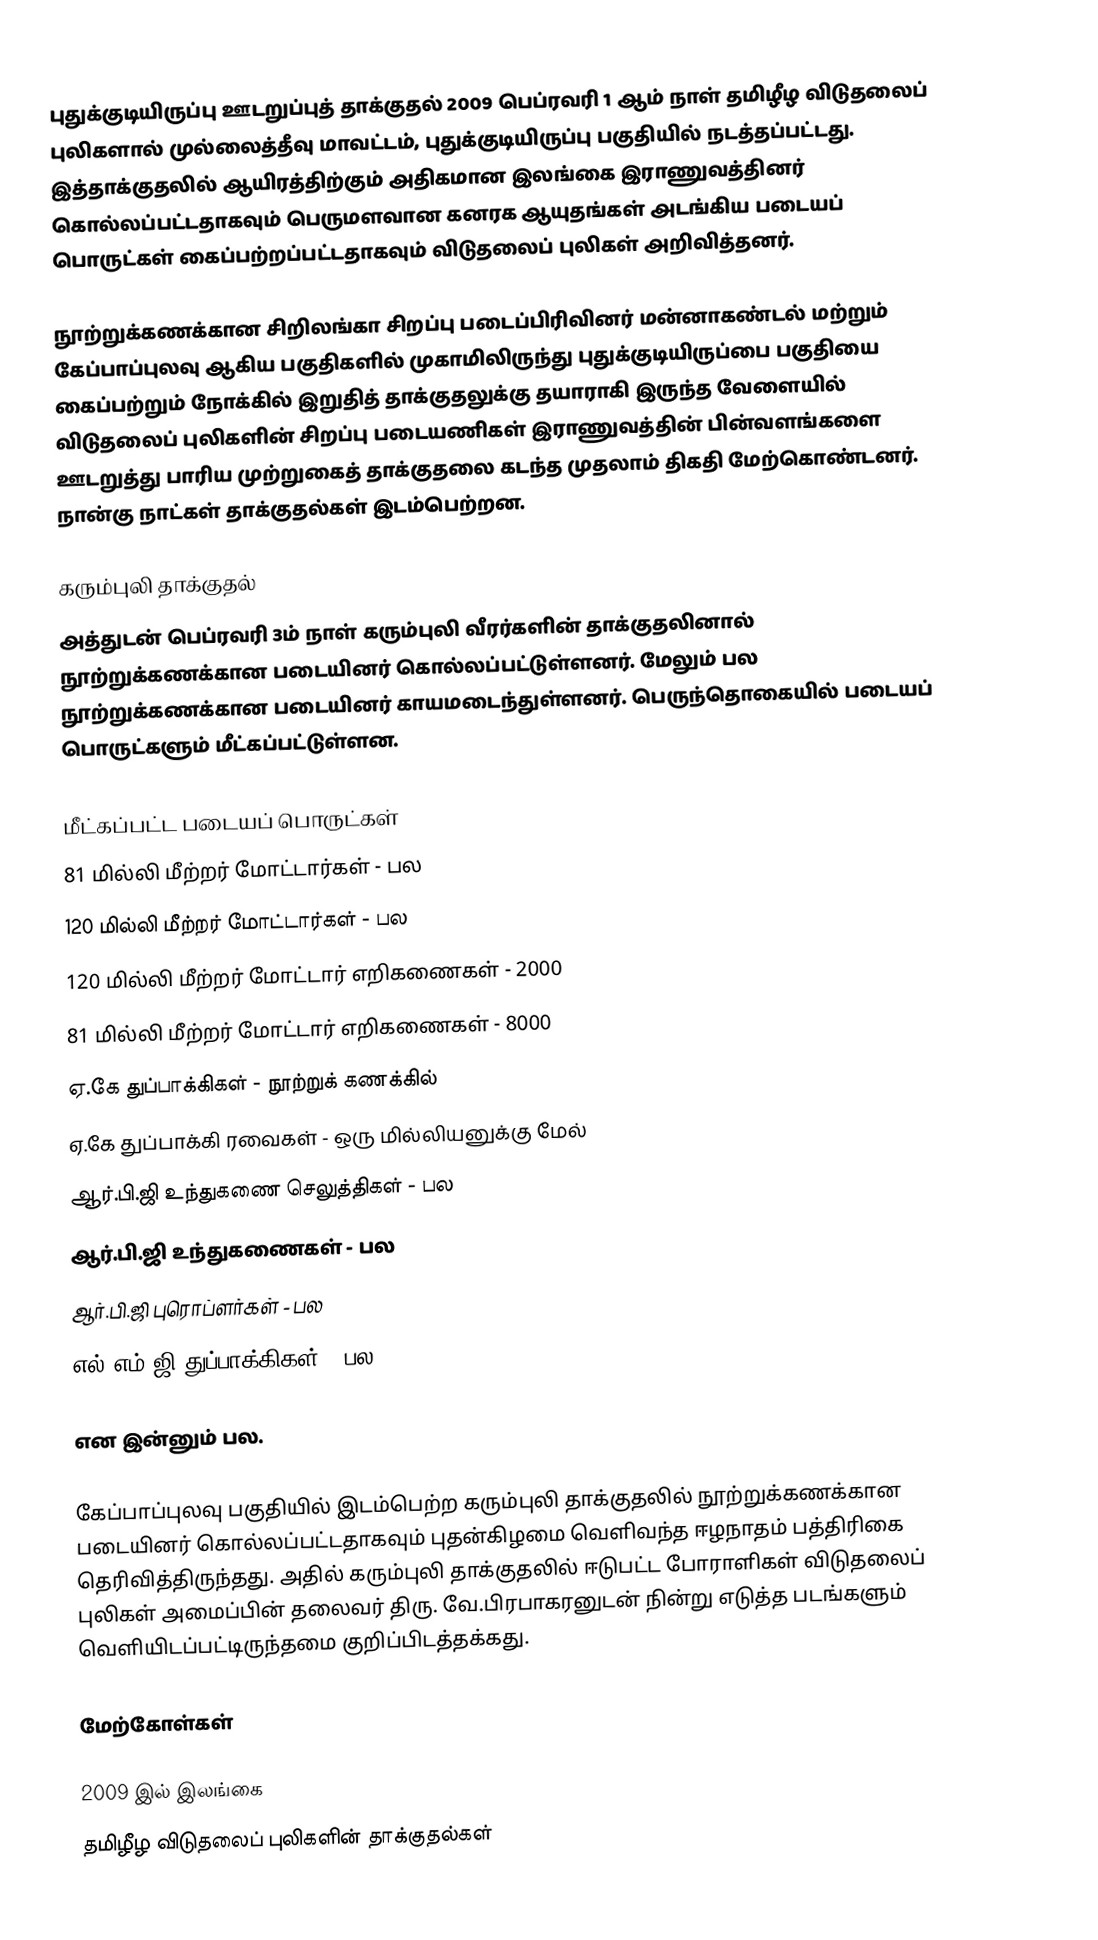
புதுக்குடியிருப்பு ஊடறுப்புத் தாக்குதல் 2009 பெப்ரவரி 1 ஆம் நாள் தமிழீழ விடுதலைப் புலிகளால் முல்லைத்தீவு மாவட்டம், புதுக்குடியிருப்பு பகுதியில் நடத்தப்பட்டது. இத்தாக்குதலில் ஆயிரத்திற்கும் அதிகமான இலங்கை இராணுவத்தினர் கொல்லப்பட்டதாகவும் பெருமளவான  கனரக  ஆயுதங்கள் அடங்கிய படையப் பொருட்கள் கைப்பற்றப்பட்டதாகவும் விடுதலைப் புலிகள் அறிவித்தனர்.

நூற்றுக்கணக்கான சிறிலங்கா சிறப்பு படைப்பிரிவினர் மன்னாகண்டல் மற்றும் கேப்பாப்புலவு ஆகிய பகுதிகளில் முகாமிலிருந்து புதுக்குடியிருப்பை பகுதியை கைப்பற்றும் நோக்கில் இறுதித் தாக்குதலுக்கு தயாராகி இருந்த வேளையில் விடுதலைப் புலிகளின் சிறப்பு படையணிகள் இராணுவத்தின் பின்வளங்களை ஊடறுத்து பாரிய முற்றுகைத் தாக்குதலை கடந்த முதலாம் திகதி மேற்கொண்டனர். நான்கு நாட்கள் தாக்குதல்கள் இடம்பெற்றன.

கரும்புலி தாக்குதல்
அத்துடன் பெப்ரவரி 3ம் நாள் கரும்புலி வீரர்களின் தாக்குதலினால் நூற்றுக்கணக்கான படையினர் கொல்லப்பட்டுள்ளனர். மேலும் பல நூற்றுக்கணக்கான படையினர் காயமடைந்துள்ளனர். பெருந்தொகையில் படையப் பொருட்களும் மீட்கப்பட்டுள்ளன.

மீட்கப்பட்ட படையப் பொருட்கள்
81 மில்லி மீற்றர் மோட்டார்கள் - பல
120 மில்லி மீற்றர் மோட்டார்கள் - பல
120 மில்லி மீற்றர் மோட்டார் எறிகணைகள் - 2000
81 மில்லி மீற்றர் மோட்டார் எறிகணைகள் - 8000
ஏ.கே துப்பாக்கிகள் - நூற்றுக் கணக்கில்
ஏ.கே துப்பாக்கி ரவைகள் - ஒரு மில்லியனுக்கு மேல்
ஆர்.பி.ஜி உந்துகணை செலுத்திகள் - பல
ஆர்.பி.ஜி உந்துகணைகள் - பல
ஆர்.பி.ஜி புரொப்ளர்கள் - பல
எல்.எம்.ஜி துப்பாக்கிகள் - பல

என இன்னும் பல.

கேப்பாப்புலவு பகுதியில் இடம்பெற்ற கரும்புலி தாக்குதலில் நூற்றுக்கணக்கான படையினர் கொல்லப்பட்டதாகவும் புதன்கிழமை வெளிவந்த ஈழநாதம் பத்திரிகை தெரிவித்திருந்தது. அதில் கரும்புலி தாக்குதலில் ஈடுபட்ட போராளிகள் விடுதலைப் புலிகள் அமைப்பின் தலைவர் திரு. வே.பிரபாகரனுடன் நின்று எடுத்த படங்களும் வெளியிடப்பட்டிருந்தமை குறிப்பிடத்தக்கது.

மேற்கோள்கள்

2009 இல் இலங்கை
தமிழீழ விடுதலைப் புலிகளின் தாக்குதல்கள்